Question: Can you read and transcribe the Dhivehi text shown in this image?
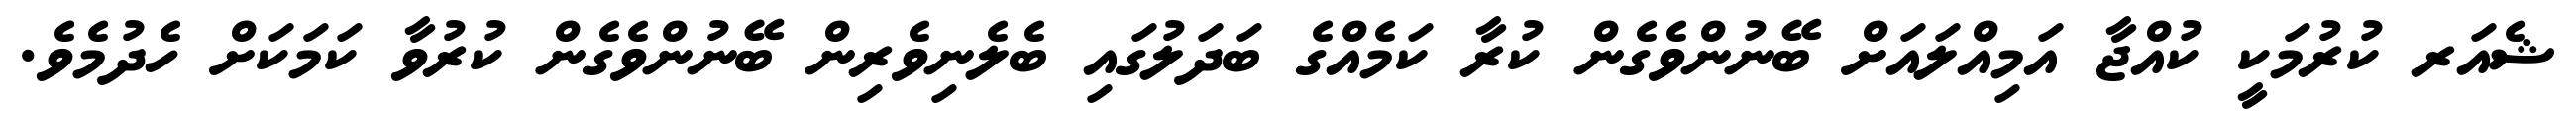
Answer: ޝެއަރ ކުރުމަކީ ކުއްޖާ އަމިއްލައަށް ބޭނުންވެގެން ކުރާ ކަމެއްގެ ބަދަލުގައި ބެލެނިވެރިން ބޭނުންވެގެން ކުރުވާ ކަމަކަށް ހެދުމެވެ.